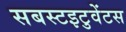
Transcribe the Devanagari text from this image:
सबस्टइटुवेंटस